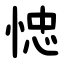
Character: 㥙